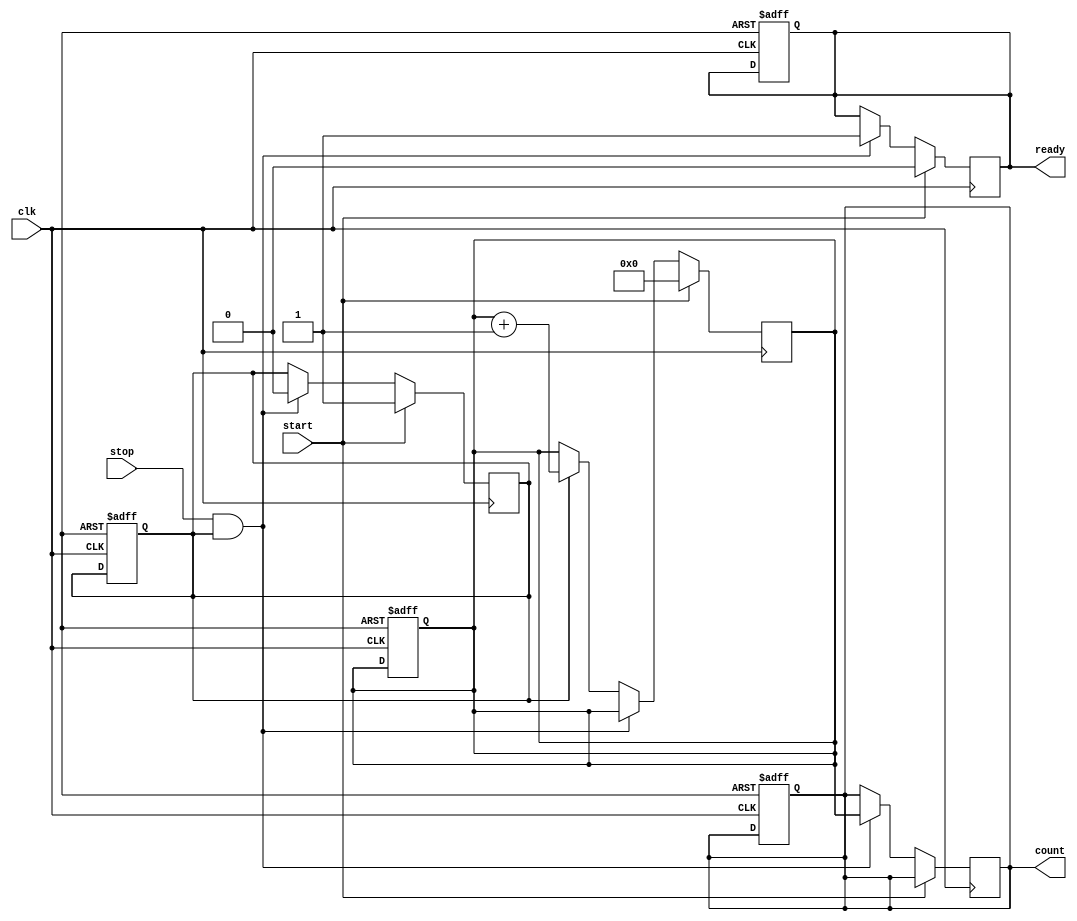
module TDC (
    input wire clk,          // High-frequency clock input
    input wire start,        // Start signal
    input wire stop,         // Stop signal
    output reg [15:0] count, // Output count value (16-bit)
    output reg ready         // Ready signal to indicate count is valid
);

    reg counting;            // State to indicate if counting is active
    reg [15:0] counter;      // 16-bit counter for time measurement

    // Clock generator (for simulation purposes, assume clk is provided externally)
    // In a real implementation, you might use an oscillator or PLL to generate the clock

    // Counter process
    always @(posedge clk) begin
        if (start) begin
            counting <= 1;   // Start counting
            counter <= 16'b0; // Reset counter
            ready <= 0;      // Not ready until counting is stopped
        end else if (stop && counting) begin
            counting <= 0;   // Stop counting
            count <= counter; // Capture the count value
            ready <= 1;      // Indicate that the count is ready
        end else if (counting) begin
            counter <= counter + 1; // Increment counter on each clock cycle
        end
    end

    // Optional: Reset logic (if needed)
    always @(posedge clk or posedge reset) begin
        if (reset) begin
            counting <= 0;
            counter <= 16'b0;
            count <= 16'b0;
            ready <= 0;
        end
    end

endmodule